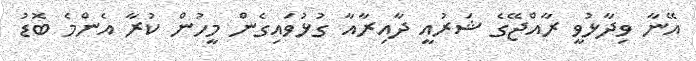
އޭނާ ވިދާޅުވީ ރާއްޖޭގެ ޝަރުއީ ދާއިރާއާ ގުޅުވައިގެން މީހުން ކުރާ އެންމެ ބޮޑު